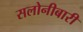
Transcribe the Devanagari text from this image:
सलोनीबारी